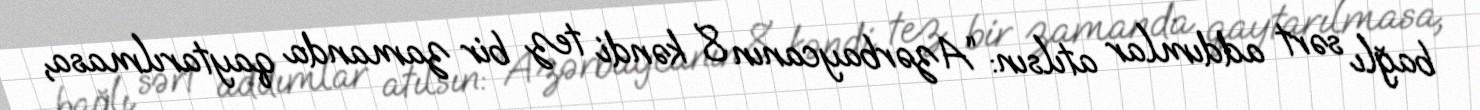
bağlı sərt addımlar atılsın: “Azərbaycanın 8 kəndi tez bir zamanda qaytarılmasa,